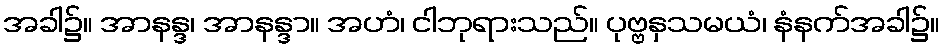
အခါ၌။ အာနန္ဒ၊ အာနန္ဒာ။ အဟံ၊ ငါဘုရားသည်။ ပုဗ္ဗနှသမယံ၊ နံနက်အခါ၌။